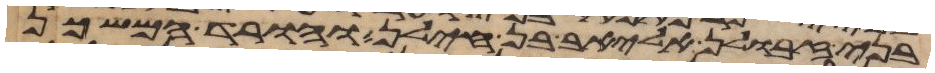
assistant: בני זבולן אליאב בן חילן והורד המשכן